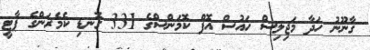
ގާނޫނު ހަދާ މަޖިލިސް ހައުސް އޮފް ކޮމަންސްގެ 331 ގޮނޑި ކެމެރަންގެ ޕާޓީ